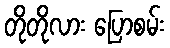
တိုတိုလား ပြောစမ်း